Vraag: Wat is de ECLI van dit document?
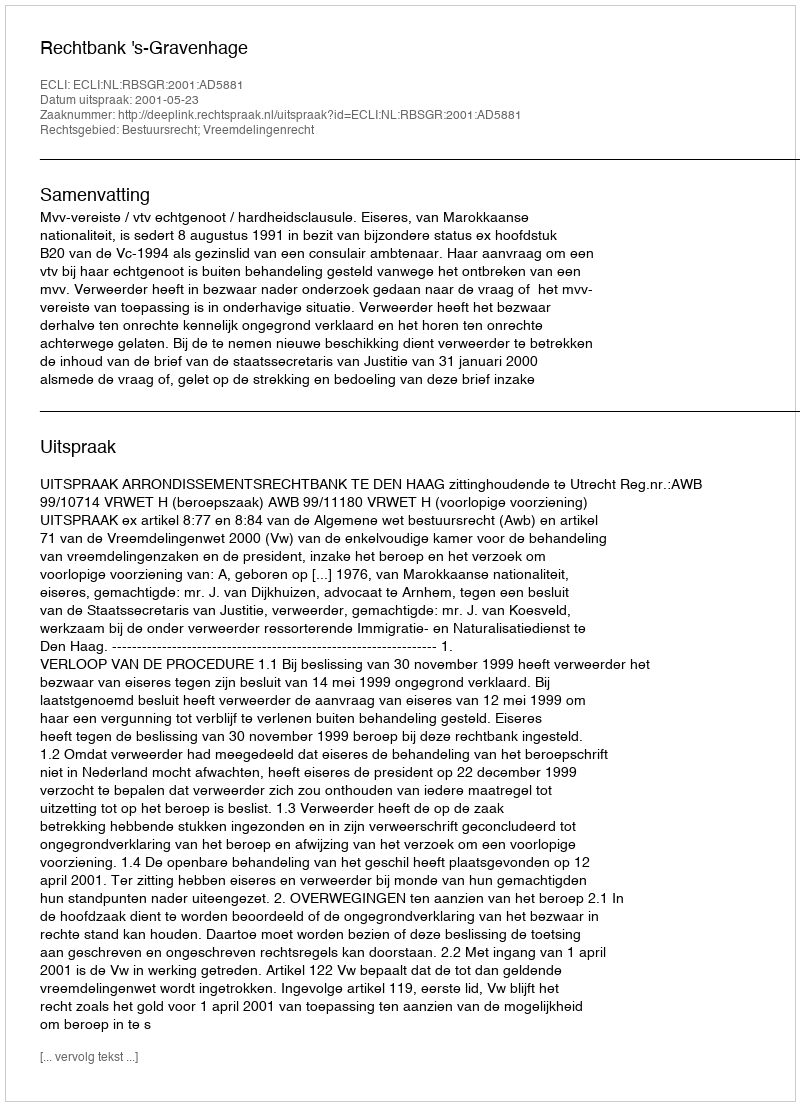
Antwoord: ECLI:NL:RBSGR:2001:AD5881